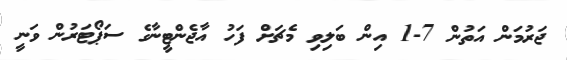
ޖަރުމަން އަތުން 7-1 އިން ބަލިވި މެޗަށް ފަހު އާޖެންޓީނާގެ ސަޕޯޓަރުން ވަނީ